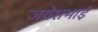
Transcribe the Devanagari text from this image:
जयेशभाई